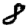
Digit: 8